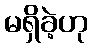
မရှိခဲ့ဟု